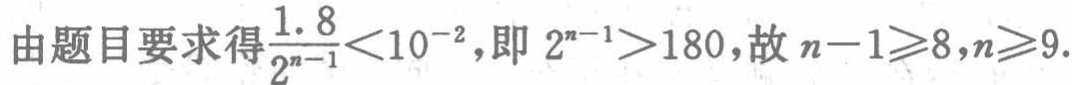
由题目要求得$\frac{1.8}{2^{n - 1}} < 10^{-2}$，即$2^{n - 1} > 180$，故$n - 1 \geqslant 8,n \geqslant 9$.